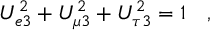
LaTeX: U _ { e 3 } ^ { 2 } + U _ { \mu 3 } ^ { 2 } + U _ { \tau 3 } ^ { 2 } = 1 \quad ,